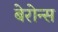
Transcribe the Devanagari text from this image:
बेरोन्स